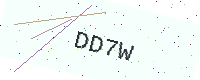
Text: DD7W